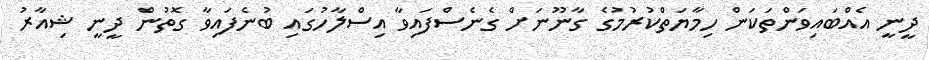
ދީނީ އެއްބައިވަންތަކަން ހިމާޔަތްކުރުމުގެ ގާނޫނަށް ގެނެސްފައިވާ އިސްލާހުގައި ބުނެފައިވާ ގޮތުން ދީނީ ޝިއާރު